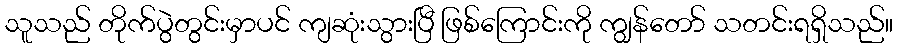
သူသည် တိုက်ပွဲတွင်းမှာပင် ကျဆုံးသွားပြီ ဖြစ်ကြောင်းကို ကျွန်တော် သတင်းရရှိသည်။